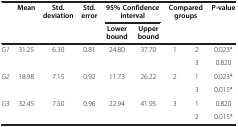
<table><thead><tr><td rowspan="2"><b> </b></td><td rowspan="2"><b>Mean</b></td><td rowspan="2"><b>Std. deviation</b></td><td rowspan="2"><b>Std. error</b></td><td colspan="2"><b>95% Confidence interval</b></td><td rowspan="2" colspan="2"><b>Compared groups</b></td><td rowspan="2"><b>P-value</b></td></tr><tr><td><b>Lower bound</b></td><td><b>Upper bound</b></td></tr></thead><tbody><tr><td rowspan="2"><i>G1</i></td><td rowspan="2">31.25</td><td rowspan="2">6.30</td><td rowspan="2">0.81</td><td rowspan="2">24.80</td><td rowspan="2">37.70</td><td>1</td><td>2</td><td>0.023*</td></tr><tr><td> </td><td>3</td><td>0.820</td></tr><tr><td rowspan="2"><i>G2</i></td><td rowspan="2">18.98</td><td rowspan="2">7.15</td><td rowspan="2">0.92</td><td rowspan="2">11.73</td><td rowspan="2">26.22</td><td>2</td><td>1</td><td>0.023*</td></tr><tr><td> </td><td>3</td><td>0.015*</td></tr><tr><td rowspan="2"><i>G3</i></td><td rowspan="2">32.45</td><td rowspan="2">7.50</td><td rowspan="2">0.96</td><td rowspan="2">22.94</td><td rowspan="2">41.95</td><td>3</td><td>1</td><td>0.820</td></tr><tr><td> </td><td>2</td><td>0.015*</td></tr></tbody></table>